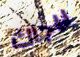
ياجاك